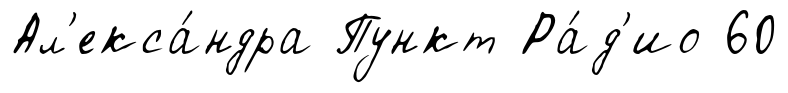
Ал'екса́ндра Пункт Ра́д'ио 60